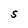
Character: S